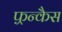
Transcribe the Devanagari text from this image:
फ़्रन्कैस